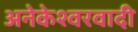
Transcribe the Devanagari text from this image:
अनेकेश्वरवादी